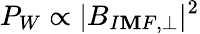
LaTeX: P_{W}\propto|B_{I\mathbf{M}F,\perp}|^{2}